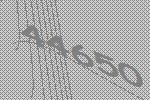
44650